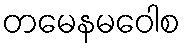
တမေနမဝေါစ